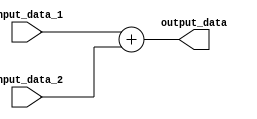
module adder #(parameter n = 64) (input_data_1, input_data_2, output_data);
	
	input [n - 1 : 0] input_data_1, input_data_2;
	output[n - 1 : 0] output_data;

	assign output_data = input_data_1 + input_data_2;

endmodule